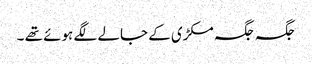
جگہ جگہ مکڑی کے جالے لگے ہوئے تھے ۔